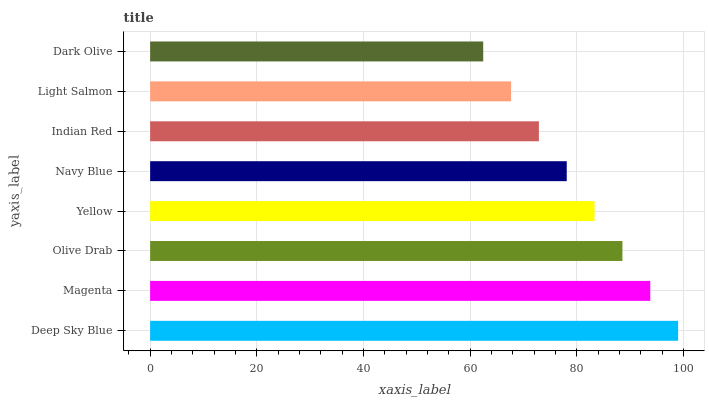
| yaxis_label | bars |
 | --- | --- |
 | Deep Sky Blue | 99 |
 | Magenta | 93.8 |
 | Olive Drab | 88.6 |
 | Yellow | 83.3 |
 | Navy Blue | 78.1 |
 | Indian Red | 72.9 |
 | Light Salmon | 67.7 |
 | Dark Olive | 62.5 |